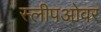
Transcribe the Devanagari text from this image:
स्लीपओवर